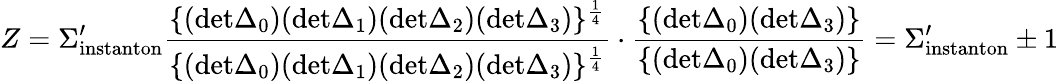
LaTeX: Z=\Sigma_{\mathrm{instanton}}^{\prime}{\frac{\{ (\mathrm{det}\Delta_{0})(\mathrm{det}\Delta_{1})(\mathrm{det}\Delta_{2})(\mathrm{det}\Delta_{3})\} ^{\frac{1}{4}}}{\{ (\mathrm{det}\Delta_{0})(\mathrm{det}\Delta_{1})(\mathrm{det}\Delta_{2})(\mathrm{det}\Delta_{3})\} ^{\frac{1}{4}}}}\cdot{\frac{\{ (\mathrm{det}\Delta_{0})(\mathrm{det}\Delta_{3})\} }{\{ (\mathrm{det}\Delta_{0})(\mathrm{det}\Delta_{3})\} }}=\Sigma_{\mathrm{instanton}}^{\prime}\pm 1